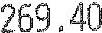
269.40